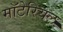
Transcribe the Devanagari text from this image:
मॉटेरियल